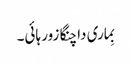
بِماری دا چنگا زور ہائی۔